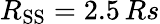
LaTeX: R_{\mathrm{SS}}=2.5\, Rs